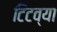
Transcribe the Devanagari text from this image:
टिटव्या